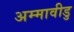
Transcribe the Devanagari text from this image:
अम्मावीडु